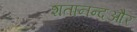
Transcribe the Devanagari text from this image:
शतानन्दऔर